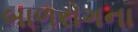
બાળરોગના